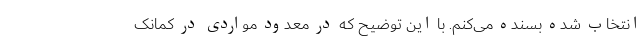
انتخاب شده بسنده می‌کنم. با این توضیح که در معدود مواردی در کمانک